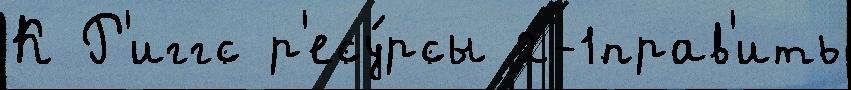
К Р'иггс р'есу́рсы 2-1прав'ить